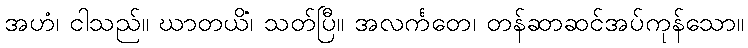
အဟံ၊ ငါသည်။ ဃာတယိံ၊ သတ်ပြီ။ အလင်္ကတေ၊ တန်ဆာဆင်အပ်ကုန်သော။